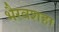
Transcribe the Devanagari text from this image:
भैरवशहा